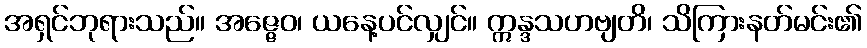
အရှင်ဘုရားသည်။ အဇ္ဇေဝ၊ ယနေ့ပင်လျှင်။ ဣန္ဒသဟဗျတိ၊ သိကြားနတ်မင်း၏